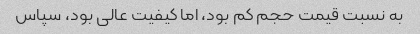
به نسبت قیمت حجم کم بود، اما کیفیت عالی بود، سپاس